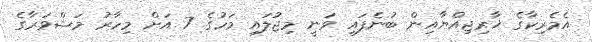
އެމެރިކާގެ ޚާރިޖިއްޔާއިން ބުނެފައި ވަނީ މިޖުލައި މަހުގެ 7 އަށް މިހާރު މަޝްވަރާގެ